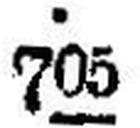
705